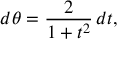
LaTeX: d \theta = { \frac { 2 } { 1 + t ^ { 2 } } } \, d t ,